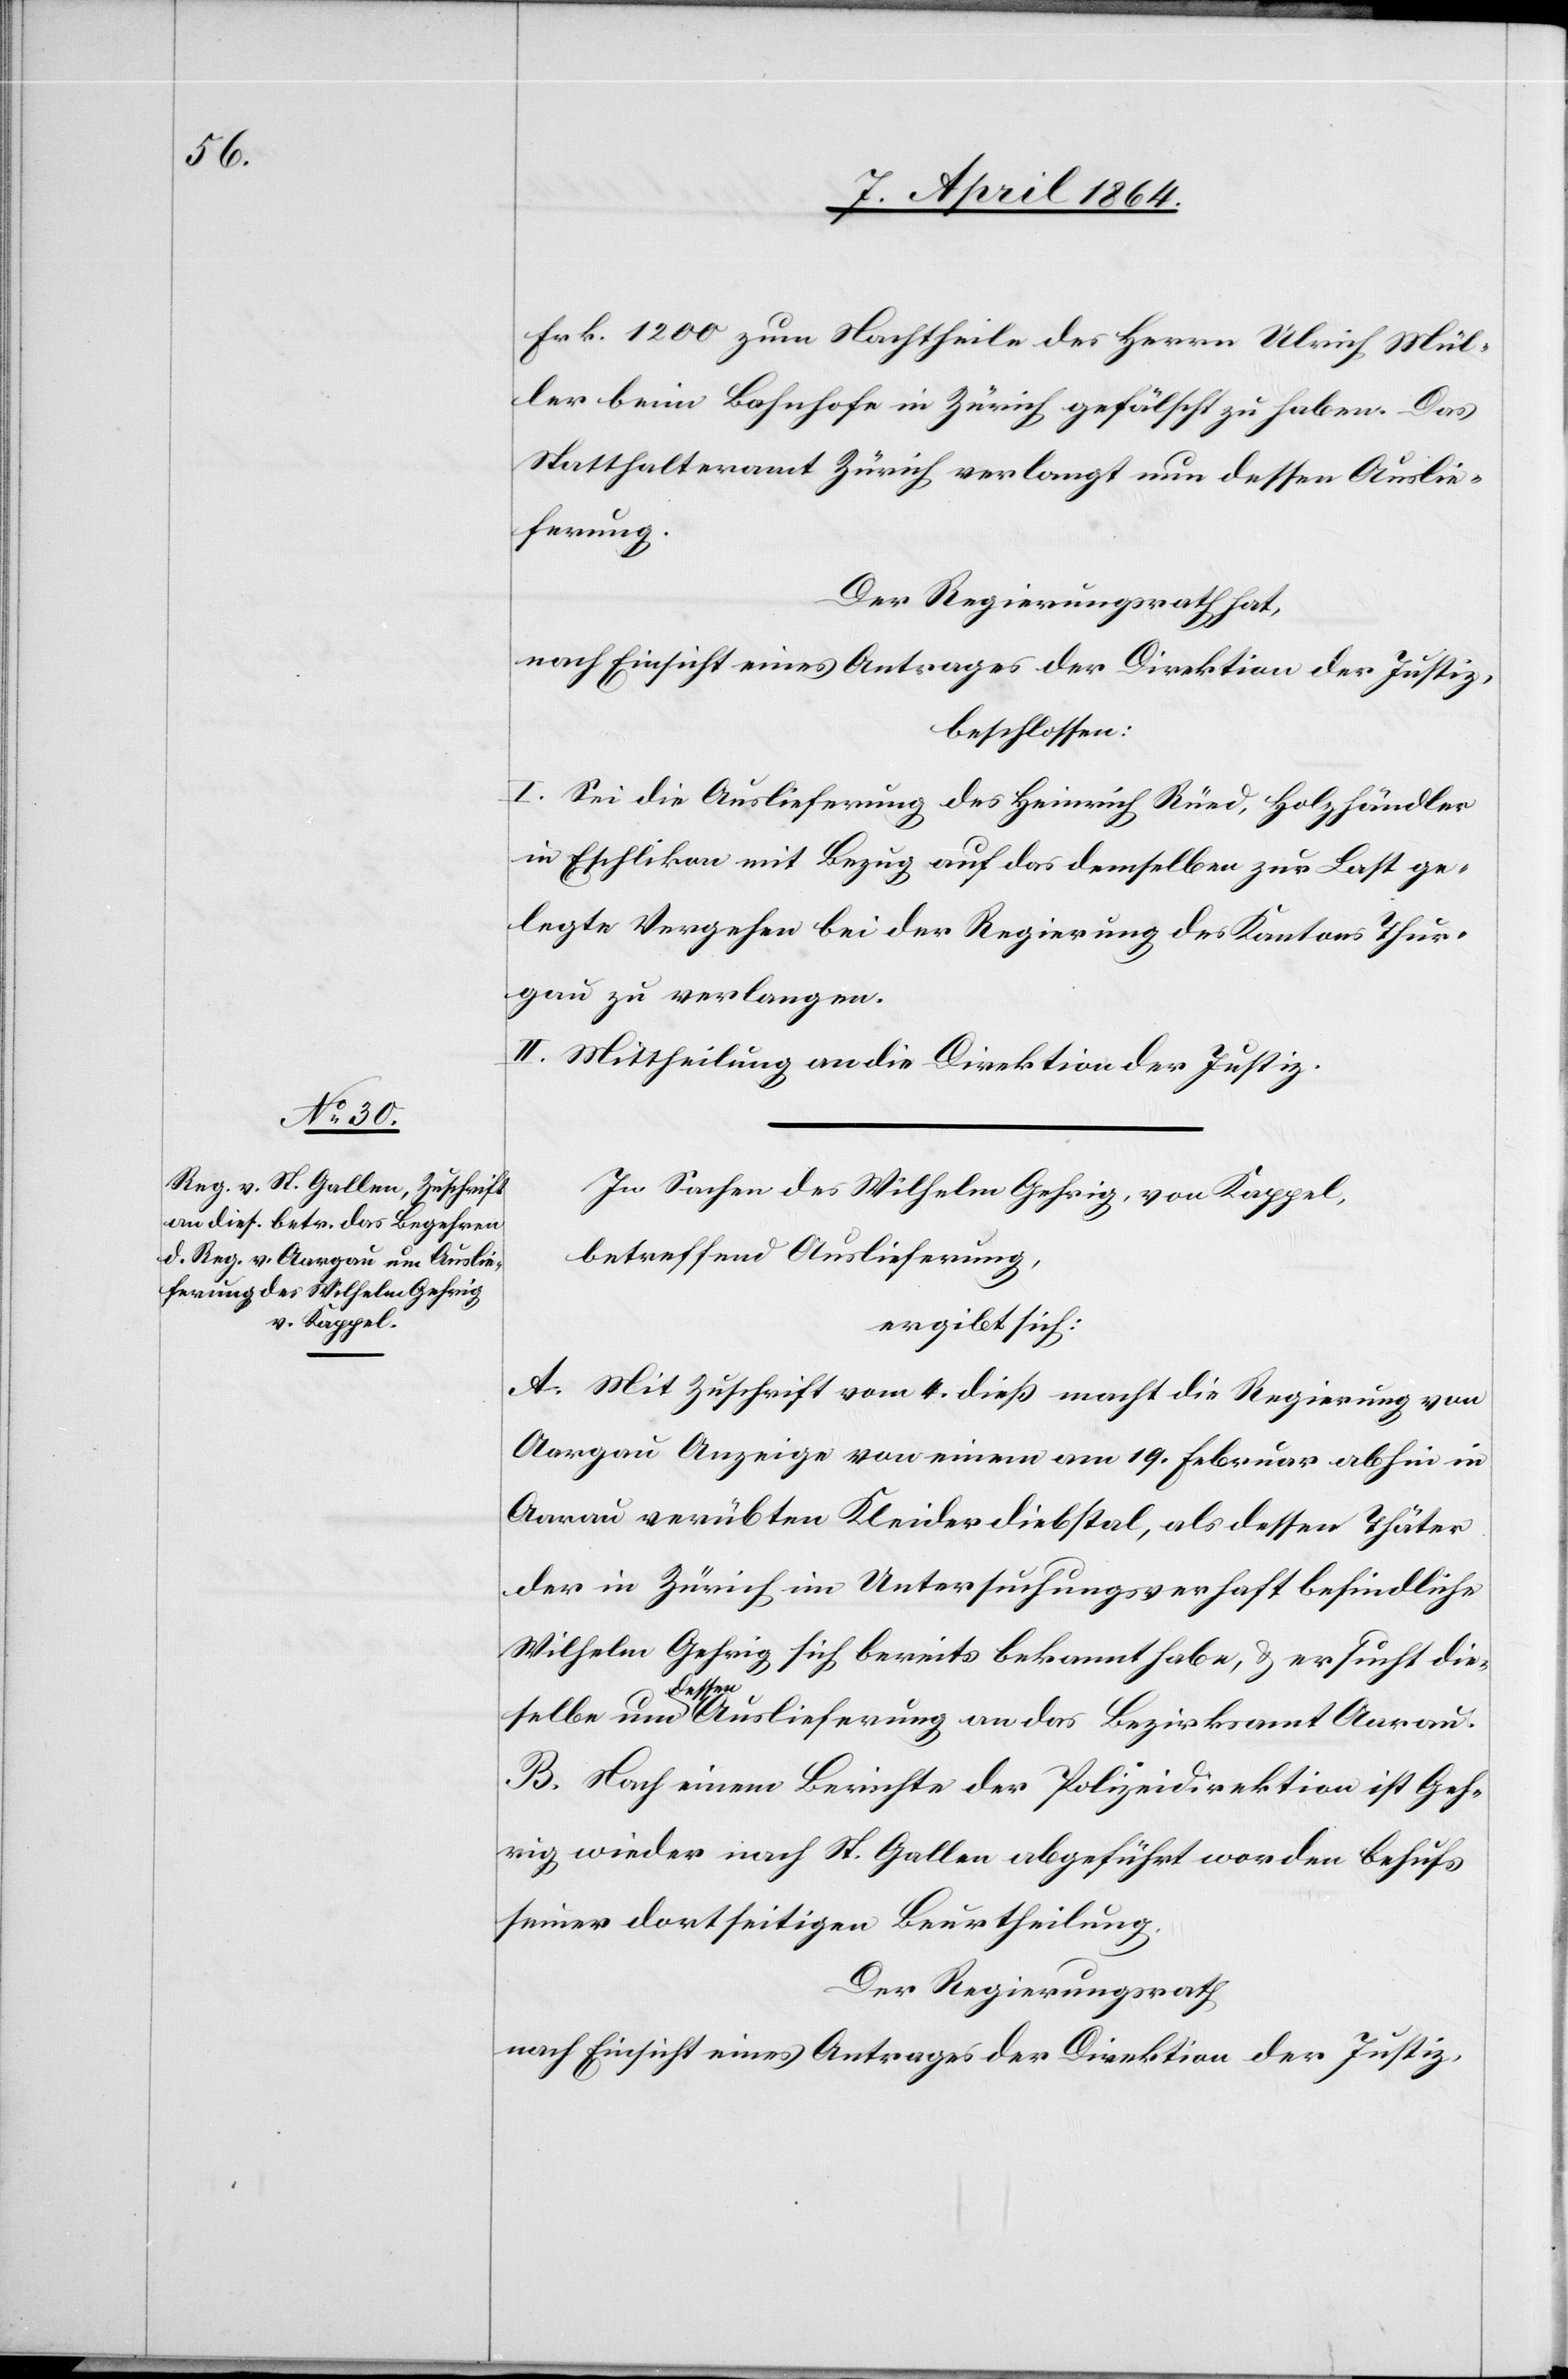
Frk. 1200 zum Nachtheile des Herrn Ulrich Mül¬
ler beim Bahnhofe in Zürich gefälscht zu haben. Das
Statthalteramt Zürich verlangt nun dessen Auslie¬
ferung.
Der Regierungsrath hat,
nach Einsicht eines Antrages der Direktion der Justiz,
beschlossen:
I. Sei die Auslieferung des Heinrich Rüed, Holzhändler
in Eschlikon mit Bezug auf das demselben zur Last ge¬
legte Vergehen bei der Regierung des Kantons Thur¬
gau zu verlangen.
II. Mittheilung an die Direktion der Justiz.
In Sachen des Wilhelm Gehrig, von Kappel,
betreffend Auslieferung,
ergibt sich:
A. Mit Zuschrift vom 4. dieß macht die Regierung von
Aargau Anzeige von einem am 19. Februar abhin in
Aarau verübten Kleiderdiebstal, als dessen Thäter
der in Zürich im Untersuchungshaft befindliche
Wilhelm Gehrig sich bereits bekannt habe, u. ersucht die¬
selbe
B. Nach einem Berichte der Polizeidirektion ist Geh¬
rig wieder nach St. Gallen abgeführt worden behufs
seiner dortseitigen Beurtheilung.
Der Regierungsrath
nach Einsicht eines Antrages der Direktion der Justiz,